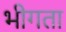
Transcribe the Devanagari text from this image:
भीगता